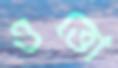
ওত্তো